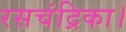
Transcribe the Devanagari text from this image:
रसचंद्रिका।